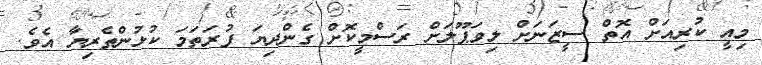
މިއީ ކުރިއަށް އޮތް ސީޒަނަށް ލިވަޕޫލަށް ރަސްމީކޮށް ގެންދިޔަ ފުރަތަމަ ކުޅުންތެރިޔާ އެވެ.